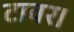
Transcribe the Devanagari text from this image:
टावर।